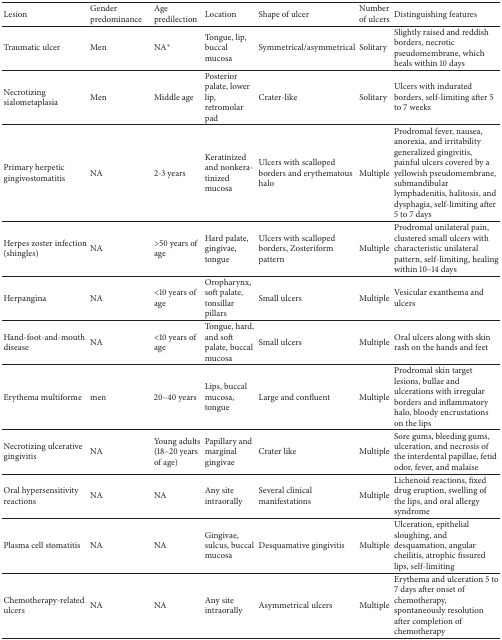
<table><thead><tr><td><b>Lesion</b></td><td><b>Gender predominance</b></td><td><b>Age predilection</b></td><td><b>Location</b></td><td><b>Shape of ulcer</b></td><td><b>Number of ulcers</b></td><td><b>Distinguishing features</b></td></tr></thead><tbody><tr><td>Traumatic ulcer</td><td>Men</td><td>NA<sup><i>∗</i></sup></td><td>Tongue, lip, buccal mucosa</td><td>Symmetrical/asymmetrical</td><td>Solitary</td><td>Slightly raised and reddish borders, necrotic pseudomembrane, which heals within 10 days</td></tr><tr><td>Necrotizing sialometaplasia</td><td>Men</td><td>Middle age </td><td>Posterior palate, lower lip, retromolar pad</td><td>Crater-like</td><td>Solitary</td><td>Ulcers with indurated borders, self-limiting after 5 to 7 weeks</td></tr><tr><td>Primary herpetic gingivostomatitis</td><td>NA</td><td>2-3 years</td><td>Keratinized and nonkeratinized mucosa</td><td>Ulcers with scalloped borders and erythematous halo</td><td>Multiple</td><td>Prodromal fever, nausea, anorexia, and irritability generalized gingivitis, painful ulcers covered by a yellowish pseudomembrane, submandibular lymphadenitis, halitosis, and dysphagia, self-limiting after 5 to 7 days</td></tr><tr><td>Herpes zoster infection (shingles)</td><td>NA</td><td>&gt;50 years of age</td><td>Hard palate, gingivae, tongue</td><td>Ulcers with scalloped borders, Zosteriform pattern</td><td>Multiple</td><td>Prodromal unilateral pain, clustered small ulcers with characteristic unilateral pattern, self-limiting, healing within 10–14 days</td></tr><tr><td>Herpangina</td><td>NA</td><td>&lt;10 years of age</td><td>Oropharynx, soft palate, tonsillar pillars</td><td>Small ulcers</td><td>Multiple</td><td>Vesicular exanthema and ulcers</td></tr><tr><td>Hand-foot-and-mouth disease</td><td>NA</td><td>&lt;10 years of age</td><td>Tongue, hard, and soft palate, buccal mucosa</td><td>Small ulcers</td><td>Multiple</td><td>Oral ulcers along with skin rash on the hands and feet </td></tr><tr><td>Erythema multiforme</td><td>men</td><td>20–40 years</td><td>Lips, buccal mucosa, tongue</td><td>Large and confluent</td><td>Multiple</td><td>Prodromal skin target lesions, bullae and ulcerations with irregular borders and inflammatory halo, bloody encrustations on the lips</td></tr><tr><td>Necrotizing ulcerative gingivitis</td><td>NA</td><td>Young adults (18–20 years of age)</td><td>Papillary and marginal gingivae</td><td>Crater like</td><td>Multiple</td><td>Sore gums, bleeding gums, ulceration, and necrosis of the interdental papillae, fetid odor, fever, and malaise</td></tr><tr><td>Oral hypersensitivity reactions</td><td>NA</td><td>NA</td><td>Any site intraorally</td><td>Several clinical manifestations</td><td>Multiple</td><td>Lichenoid reactions, fixed drug eruption, swelling of the lips, and oral allergy syndrome</td></tr><tr><td>Plasma cell stomatitis</td><td>NA</td><td>NA</td><td>Gingivae, sulcus, buccal mucosa</td><td>Desquamative gingivitis</td><td>Multiple</td><td>Ulceration, epithelial sloughing, and desquamation, angular cheilitis, atrophic fissured lips, self-limiting</td></tr><tr><td>Chemotherapy-related ulcers</td><td>NA</td><td>NA</td><td>Any site intraorally</td><td>Asymmetrical ulcers</td><td>Multiple</td><td>Erythema and ulceration 5 to 7 days after onset of chemotherapy, spontaneously resolution after completion of chemotherapy</td></tr></tbody></table>